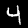
Label: 4